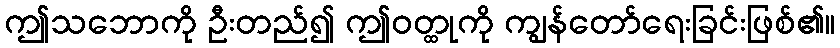
ဤသဘောကို ဦးတည်၍ ဤဝတ္ထုကို ကျွန်တော်ရေးခြင်းဖြစ်၏။